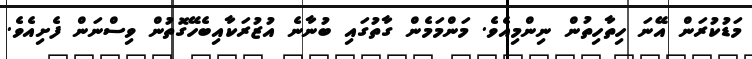
މަޑުކުރަން އޭނަ ހިތާހިތުން ނިންމިއެވެ. މަންމަމެން ގާތުގައި ބުނާނެ އުޒުރަކާއިބެހޭގޮތުން ވިސްނަން ފެށިއެވެ.